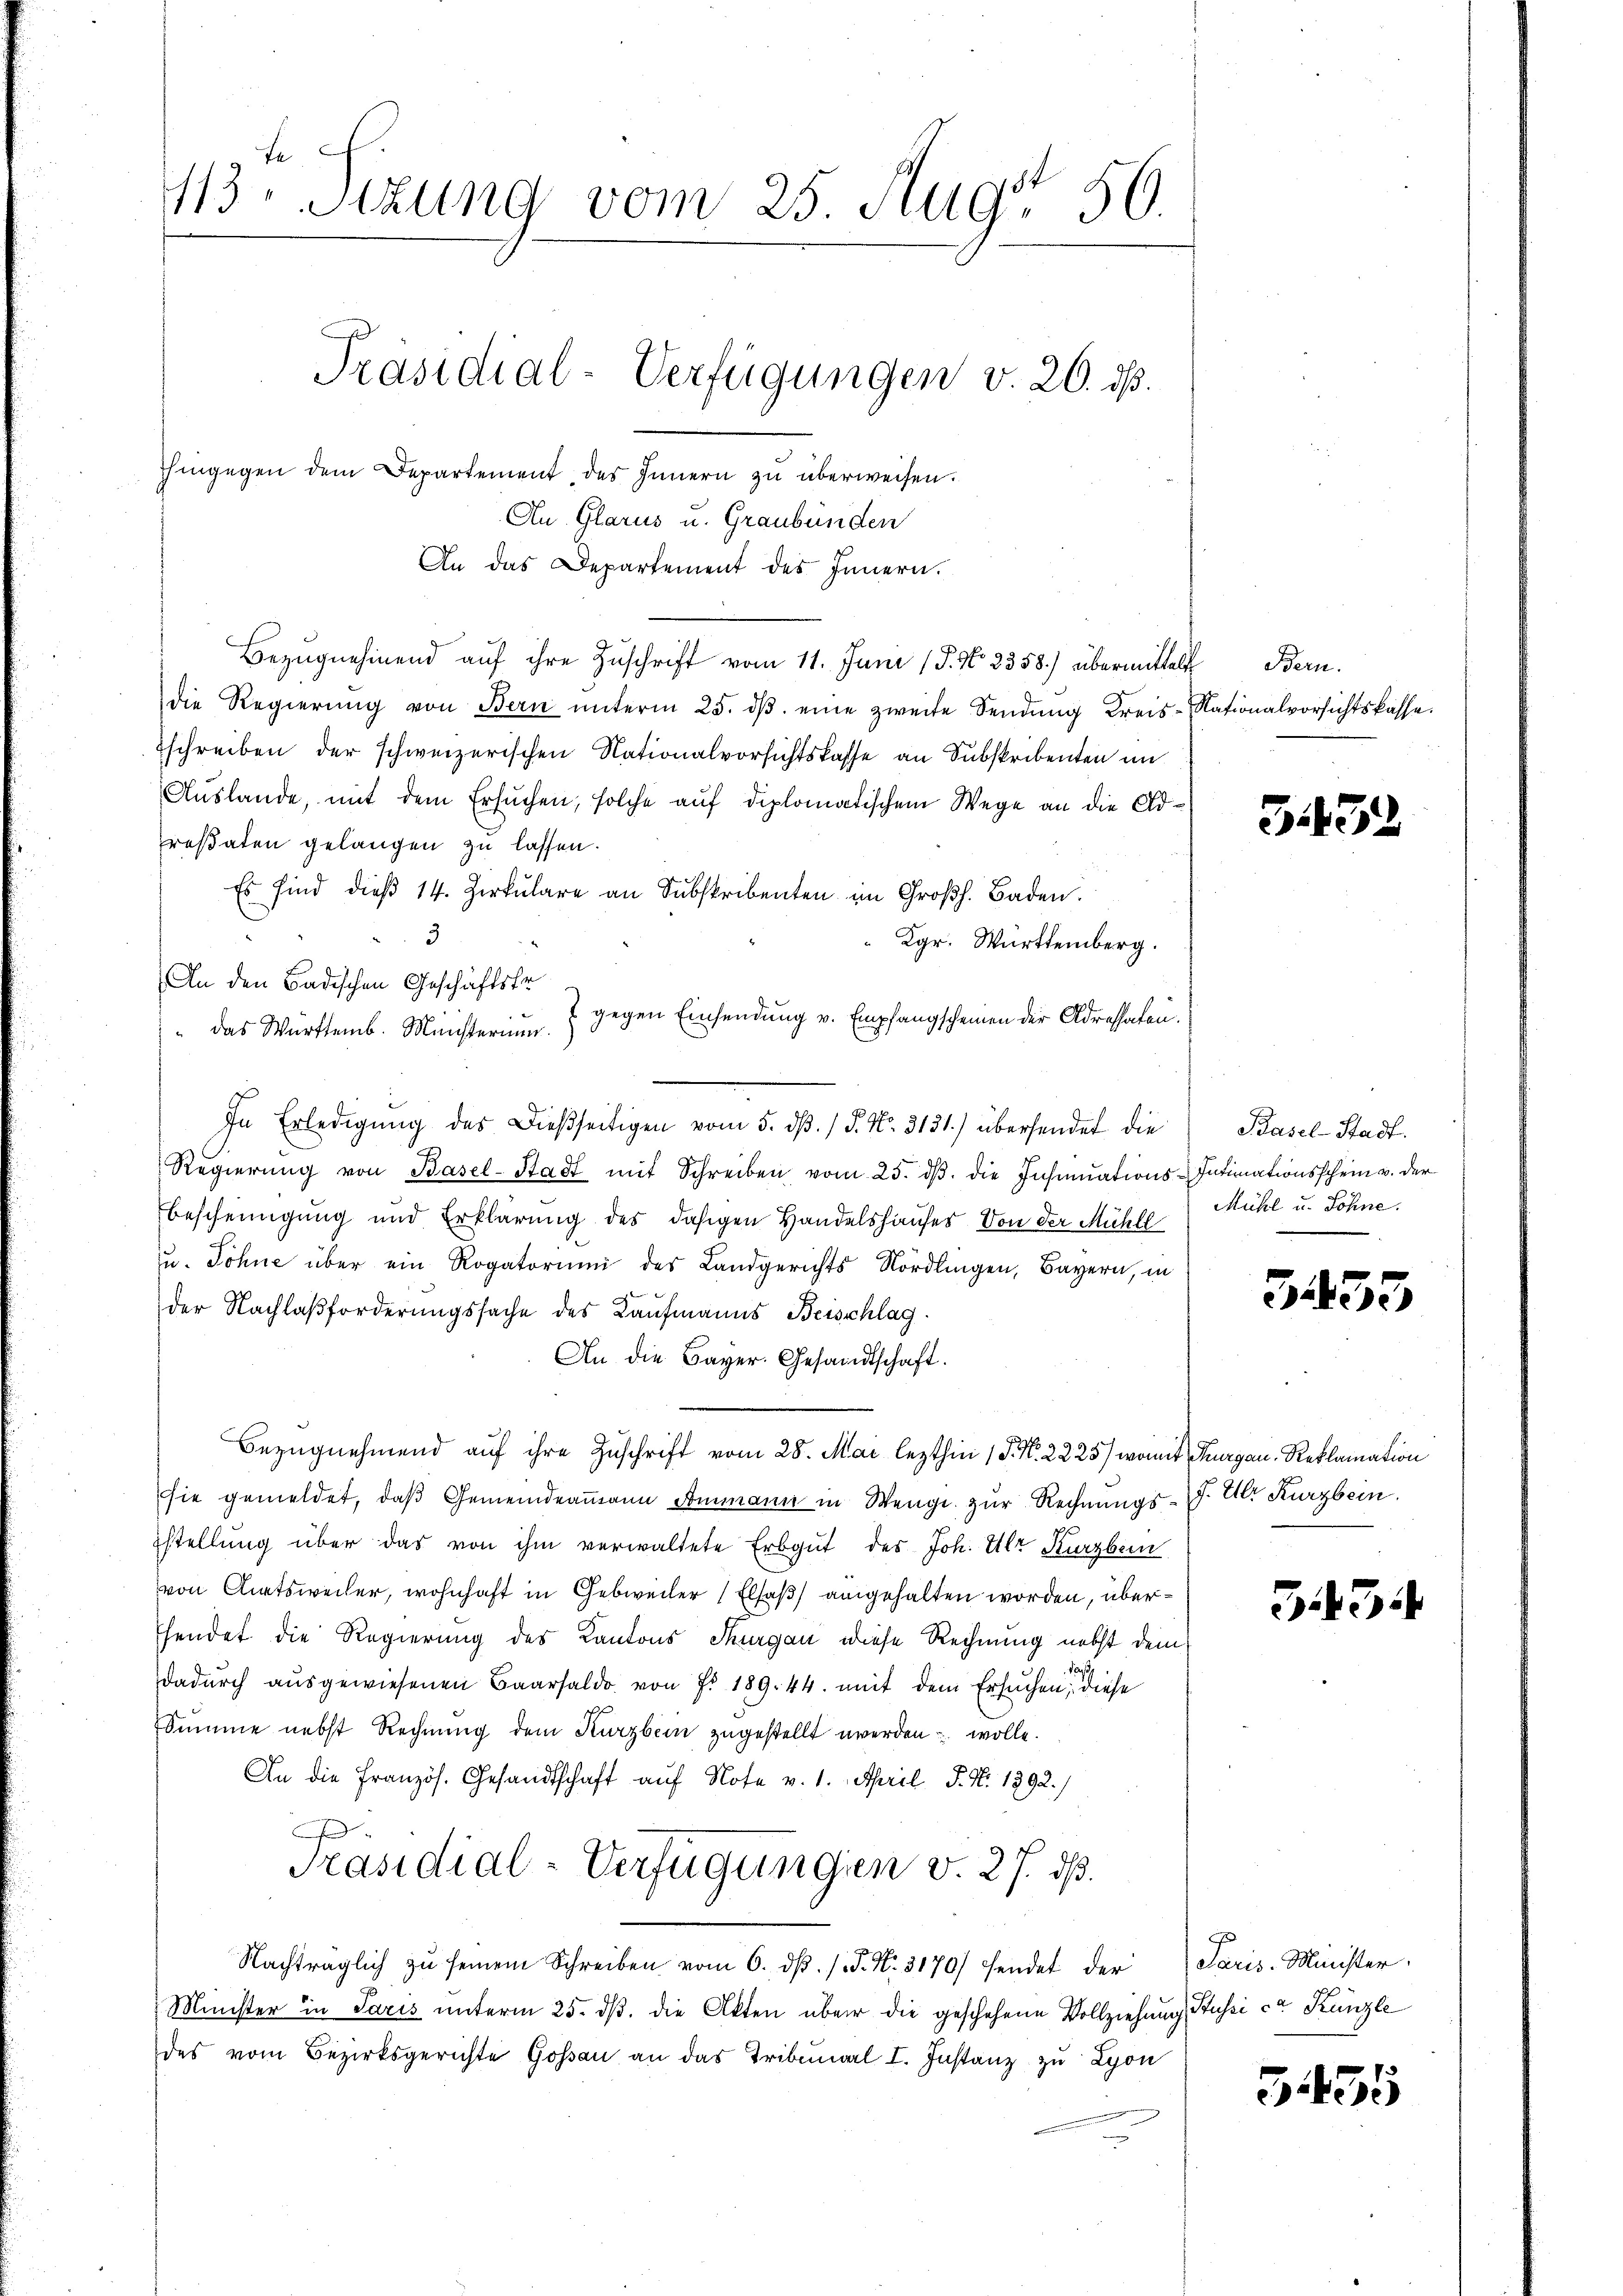
An Glarus u. Graubünden

413. Sitzung vom 25. Aug. 56.
Präsidial-Verfügungen v. 20. ds.
hingegen dem Departement des Innern zu überweisen.

An das Departement des Innern.
Bezŭgnehmend aŭf ihre Zuschrift vom 11. Juni 18. No. 2358) übermittelt Bern.
die Regierŭng von Bern ŭnterm 25. dβ eine zweite Sendŭng Kreis-Nationalvorsichtskasse
schreiben der schweizerischen Nationalvorsichtskasse an Subskribenten im
Auslande, mit dem Ersuchen, solche auf diplomatischem Wege an die Adrestaten gelangen zu lassen.
Es sind dieβ 14. Zirkŭlare an Subskribenten im Großh. Baden.
3
Kgr. Württemberg.
An den Badischen Geschäftsfr
gegen Einsendung v. Empfangscheinen der Adressaten.
" das Württemb. Ministerium. 3
In Erledigŭng des Dießseitigen vom 5. dβ. / 5. No. 3131) übersendet die
Regierŭng von Basel-Stadt mit Schreiben vom 25. dβ. die Insinuations-Intimationsschein v. der
Bescheinigung und Erklärung des dasigen Handelshauses. Von der Mühll
u. Söhne über ein Rogatorium des Landgerichts Nördlingen, Bayern, in
der Nachlaßforderungssache des Kaufmanns Beisschlag
An die Bayer. Gesandtschaft.
Bezugnehmend auf ihre Zuschrift vom 28. Mai lezthin 1 S. Nr. 2225) womit Thurgau, Reklamation
sie gemeldet, daβ Gemeindeammann Sommann in Wenge zur Rechnungs-J. U. Kurzbein.
Estellŭng über das von ihm verwaltete Erbgut des Joh. Ulr Kurzbein
von Amtsweiler, wohnhaft in Gebrecher Elsaß angehalten worden, überhendet die Regierung des Kantons Thurgau diese Rechnung nebst dem
Paas
dadŭrch aŭsgewiesenen Baarsaldo von Fr. 189. 44. mit dem Ersuchen; diese
Summe nebst Rechnung dem Kurzbein zugestellt werden wolle.
An die Französ. Gesandtschaft auf Note v. 1. April, P. Nr. 1992.)
.
Präsidial-Verfügungen v. 27. dß.
Nachträglich zŭ seinem Schreiben vom 6. dβ. /.P. Nr. 3170) hendet der Paris-Minister
Minister in Paris unterm 25. ds. die Akten über die geschehene Vollziehung sussi ce Kanzle
des vom Bezirksgerichte Goßau an das Tribunal I. Instanz zu Lyon

3452

Pasel-Stadt.
Mühl u. Söhne.

3433

3

3455